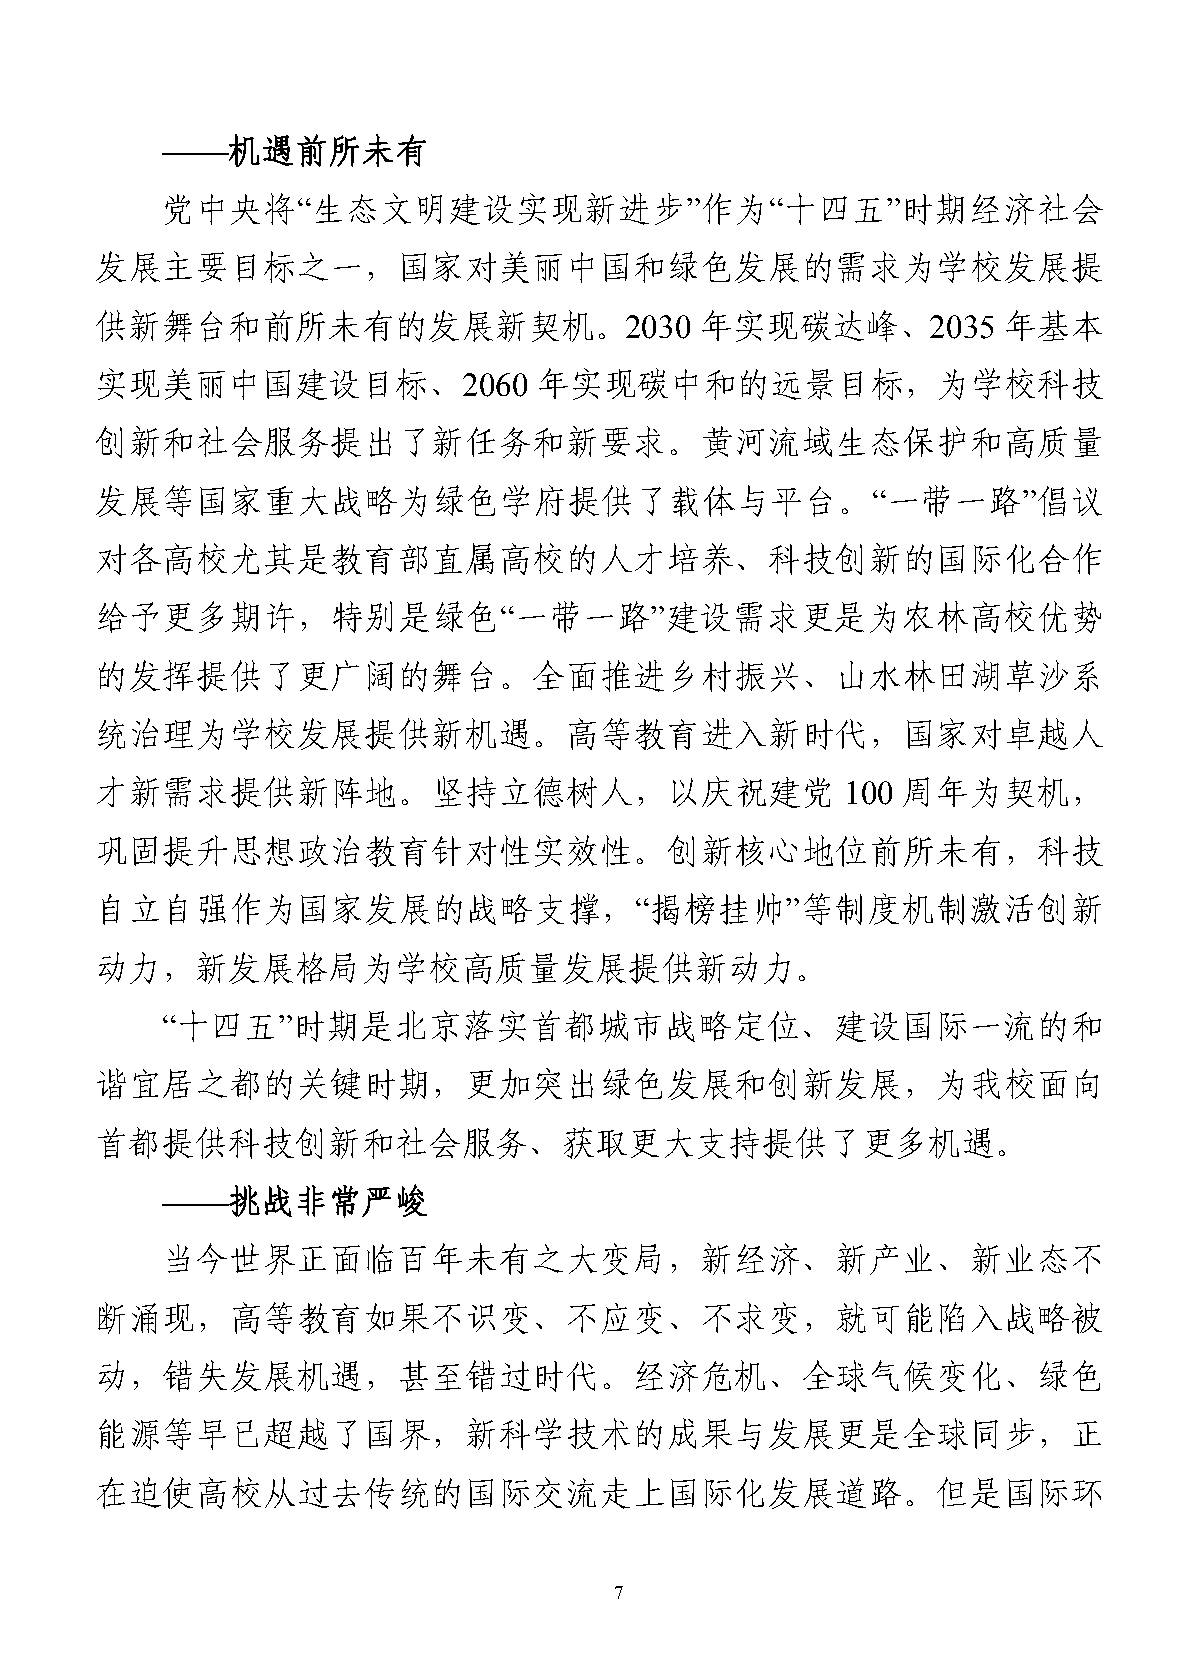
——机遇前所未有
 党中央将“生态文明建设实现新进步”作为“十四五”时期经济社会
 发展主要目标之一，国家对美丽中国和绿色发展的需求为学校发展提
 供新舞台和前所未有的发展新契机。2030                    年实现碳达峰、2035          年基本
 实现美丽中国建设目标、2060               年实现碳中和的远景目标，为学校科技
 创新和社会服务提出了新任务和新要求。黄河流域生态保护和高质量
 发展等国家重大战略为绿色学府提供了载体与平台。“一带一路”倡议
 对各高校尤其是教育部直属高校的人才培养、科技创新的国际化合作
 给予更多期许，特别是绿色“一带一路”建设需求更是为农林高校优势
 的发挥提供了更广阔的舞台。全面推进乡村振兴、山水林田湖草沙系
 统治理为学校发展提供新机遇。高等教育进入新时代，国家对卓越人
 才新需求提供新阵地。坚持立德树人，以庆祝建党                            100 周年为契机，
 巩固提升思想政治教育针对性实效性。创新核心地位前所未有，科技
 自立自强作为国家发展的战略支撑，“揭榜挂帅”等制度机制激活创新
 动力，新发展格局为学校高质量发展提供新动力。
 “十四五”时期是北京落实首都城市战略定位、建设国际一流的和
 谐宜居之都的关键时期，更加突出绿色发展和创新发展，为我校面向
 首都提供科技创新和社会服务、获取更大支持提供了更多机遇。
 ——挑战非常严峻
 当今世界正面临百年未有之大变局，新经济、新产业、新业态不
 断涌现，高等教育如果不识变、不应变、不求变，就可能陷入战略被
 动，错失发展机遇，甚至错过时代。经济危机、全球气候变化、绿色
 能源等早已超越了国界，新科学技术的成果与发展更是全球同步，正
 在迫使高校从过去传统的国际交流走上国际化发展道路。但是国际环
 7